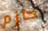
حازم